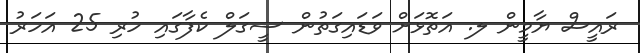
ރައީސް ޔާމީން ލ. އަތޮޅަށް ވަޑައިގަތުން ސީގަލް ކެފާގައި ހުރި 25 އަހަރު